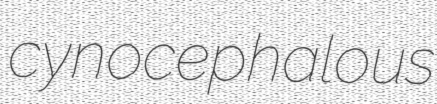
cynocephalous